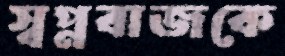
স্বপ্নবাজকে